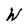
Character: W